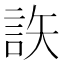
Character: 䛈